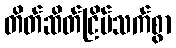
တိတ်ဆိတ်ငြိမ်သက်စွာ